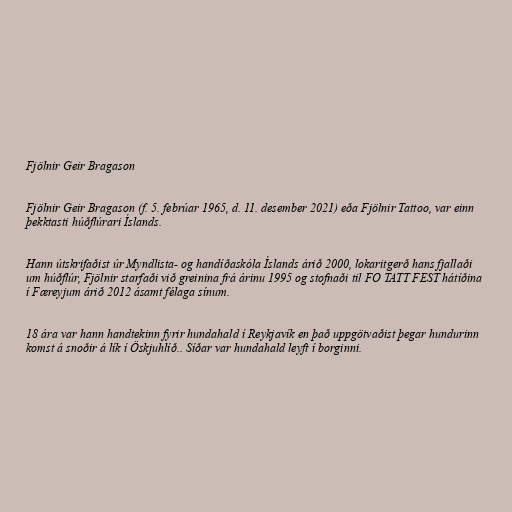
Fjölnir Geir Bragason

Fjölnir Geir Bragason (f. 5. febrúar 1965, d. 11. desember 2021) eða Fjölnir Tattoo, var einn
þekktasti húðflúrari Íslands.

Hann útskrifaðist úr Myndlista- og handíðaskóla Íslands árið 2000, lokaritgerð hans fjallaði
um húðflúr, Fjölnir starfaði við greinina frá árinu 1995 og stofnaði til FO TATT FEST hátíðina
í Færeyjum árið 2012 ásamt félaga sínum.

18 ára var hann handtekinn fyrir hundahald í Reykjavík en það uppgötvaðist þegar hundurinn
komst á snoðir á lík í Öskjuhlíð.. Síðar var hundahald leyft í borginni.